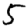
Digit: 5